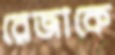
রেজাকে